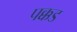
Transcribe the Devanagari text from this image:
पक्कड